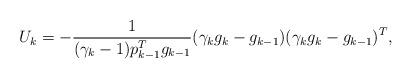
LaTeX: \begin{align*}U_k = -\frac1{(\gamma_k-1) p_{k-1}^T g_{k-1}}(\gamma_{k}g_k - g_{k-1})(\gamma_{k}g_k-g_{k-1})^T,\end{align*}